38_143685_box7_Incident_Summaries_1-100
Agency: Department of War
Page 30
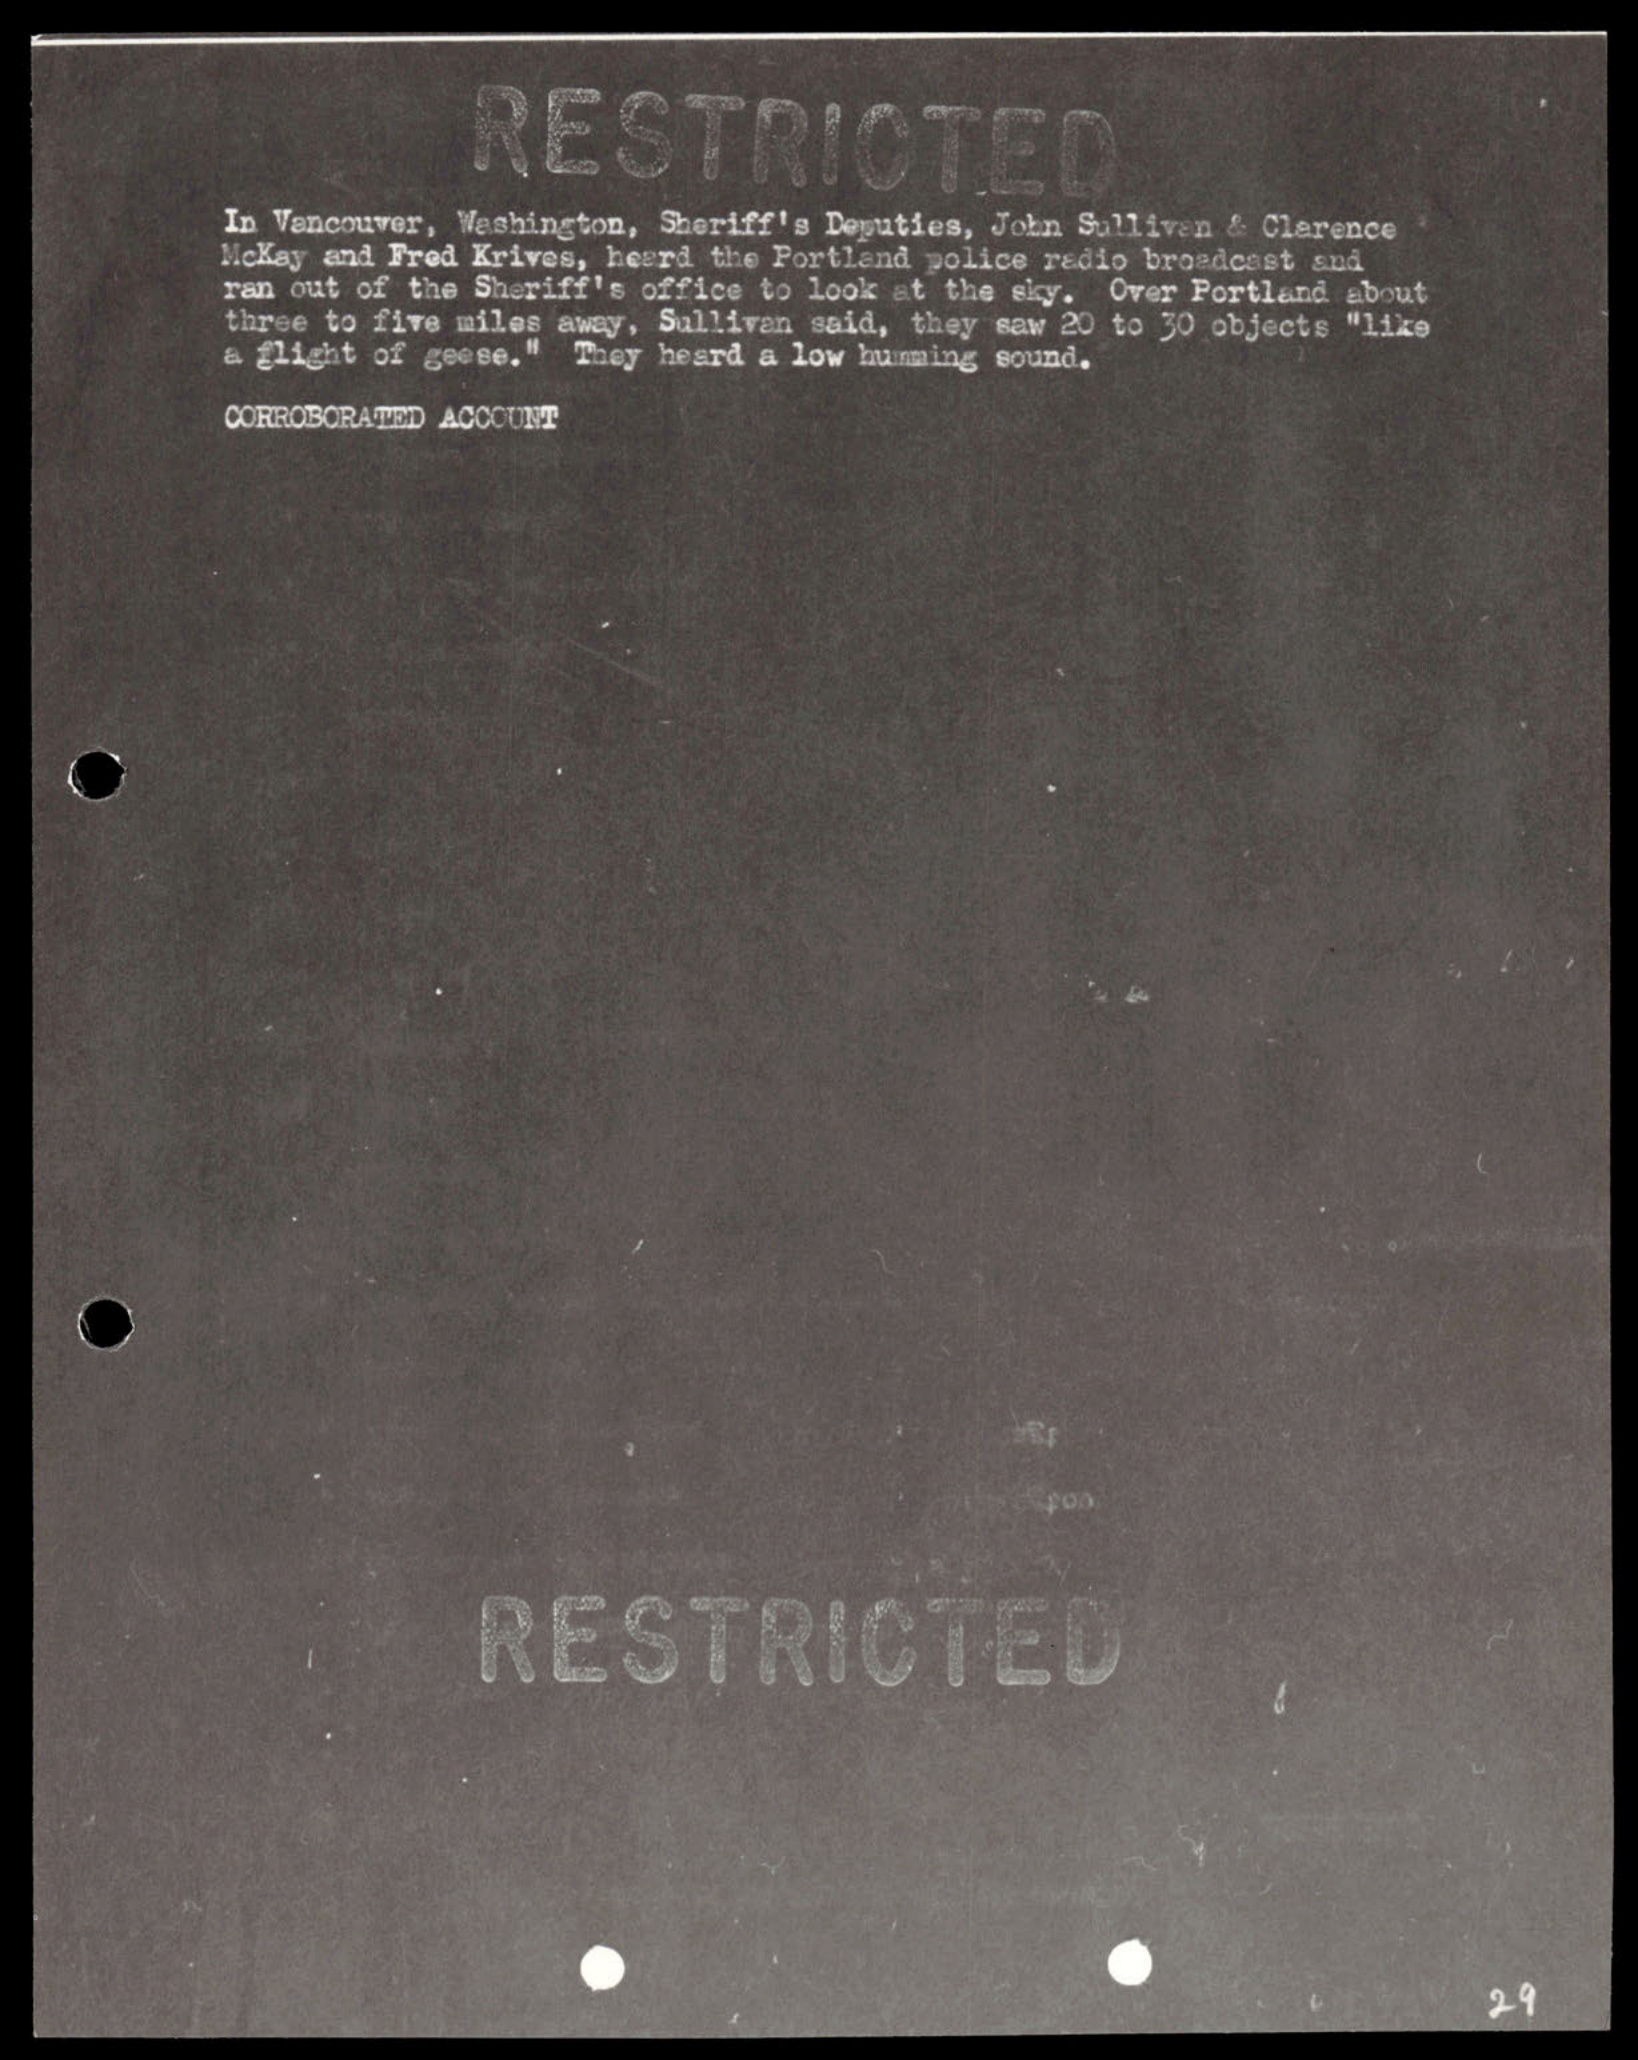